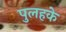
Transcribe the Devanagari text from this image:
पुलहके